画像に写った文字を読んでください
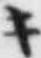
「キ」と書いてあります